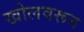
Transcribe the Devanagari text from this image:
खोलवरून